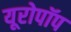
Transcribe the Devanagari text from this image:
यूरोपॉप